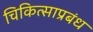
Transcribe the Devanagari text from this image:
चिकित्साप्रबंध